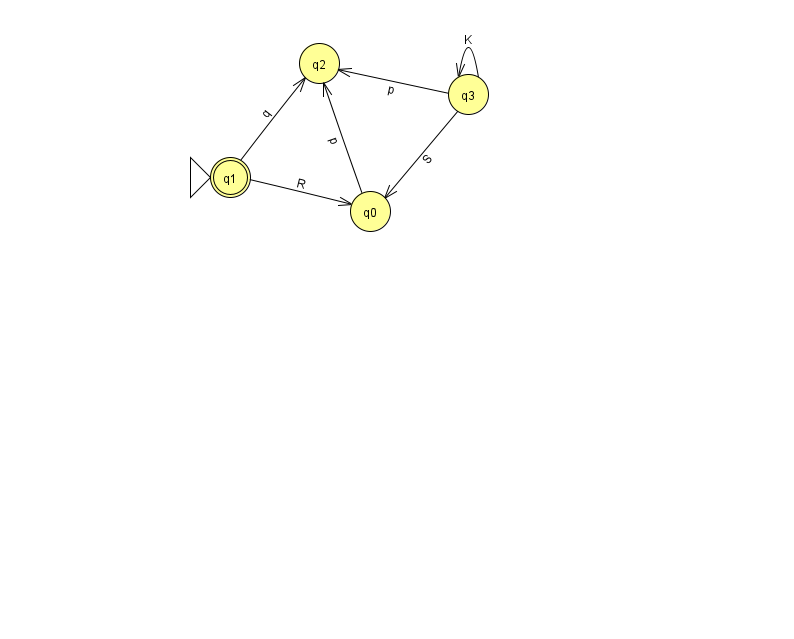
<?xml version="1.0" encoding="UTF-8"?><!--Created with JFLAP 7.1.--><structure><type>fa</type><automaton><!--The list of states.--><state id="0" name="q0"><x>370.0</x><y>198.0</y></state><state id="1" name="q1"><x>230.0</x><y>164.0</y><initial/><final/></state><state id="2" name="q2"><x>319.0</x><y>50.0</y></state><state id="3" name="q3"><x>468.0</x><y>81.0</y></state><!--The list of transitions.--><transition><from>1</from><to>0</to><read>R</read></transition><transition><from>1</from><to>2</to><read>q</read></transition><transition><from>0</from><to>2</to><read>p</read></transition><transition><from>3</from><to>0</to><read>S</read></transition><transition><from>3</from><to>2</to><read>p</read></transition><transition><from>3</from><to>3</to><read>K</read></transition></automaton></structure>